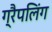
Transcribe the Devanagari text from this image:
ग्रैपलिंग